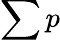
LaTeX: \sum p